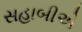
સહાબીએ